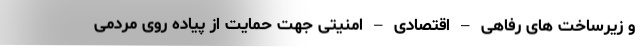
و زیرساخت های رفاهی – اقتصادی – امنیتی جهت حمایت از پیاده روی مردمی